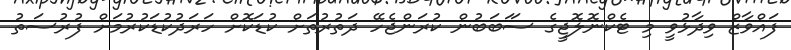
ފައްވާޒް ވިދާޅުވީ މި ޓެކްނޮލޮޖީގެ ސަަބަބުން ކުރަންޖެހޭ ދަތުރުތަށް ކުޑަކޮށް ހަރަދުކުޑަކުރުމަށް ފުރުސަތު